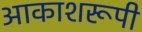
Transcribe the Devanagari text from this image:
आकाशरूपी